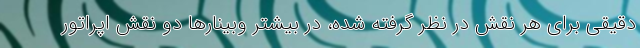
دقیقی برای هر نقش در نظر گرفته شده، در بیشتر وبینارها دو نقش اپراتور